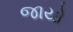
જાયો